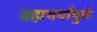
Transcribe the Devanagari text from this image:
ब्रह्मचर्यामुळे